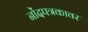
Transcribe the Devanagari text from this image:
नोंदपत्रकावर